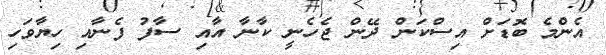
އެންމެ ބޮޑަށް އިސްކަން ދޭން ޖެހެނީ ކާނާ އާއި ސާފު ފެނާއި ހިޔާވަހި